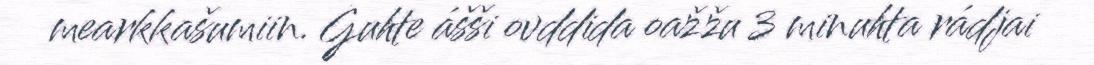
mearkkašumiin. Guhte ášši ovddida oažžu 3 minuhta rádjai